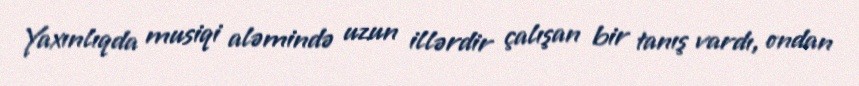
Yaxınlıqda musiqi aləmində uzun illərdir çalışan bir tanış vardı, ondan